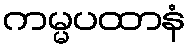
ကမ္မပထာနံ